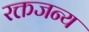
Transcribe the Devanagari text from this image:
रक्तजन्य